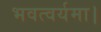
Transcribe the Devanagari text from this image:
भवत्वर्यमा।